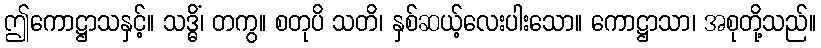
ဤကောဋ္ဌာသနှင့်။ သဒ္ဓိံ၊ တကွ။ စတုပိ သတိ၊ နှစ်ဆယ့်လေးပါးသော။ ကောဋ္ဌာသာ၊ အစုတို့သည်။